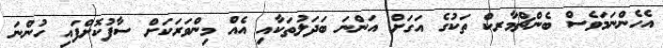
އެހެންނަމަވެސް ބެންޗްމާރކް ތަކުގެ އަގަށް އަންނަ ބަދަލުތަކާއި އެއް މިންވަރަކަށް ސާފުކޮށްފައި ހުންނަ